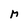
Character: M